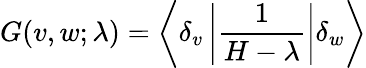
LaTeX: G(v,w;\lambda)=\left\langle\delta_{v}\left|{\frac{1}{H-\lambda}}\right|\delta_{w}\right\rangle